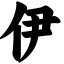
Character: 伊